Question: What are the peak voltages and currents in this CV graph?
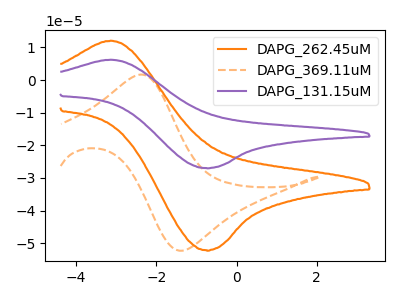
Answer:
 <answer>The orange curve "DAPG_262.45uM" has an anodic peak at (-3.15V, 12.10uA) and a cathodic peak at (-0.75V, -52.15uA). The orange dashed curve "DAPG_369.11uM" has an anodic peak at (-2.35V, 1.70uA) and a cathodic peak at (-1.35V, -52.25uA). The purple curve "DAPG_131.15uM" has an anodic peak at (-3.15V, 6.25uA) and a cathodic peak at (-0.75V, -26.95uA).</answer>
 <eval></eval>